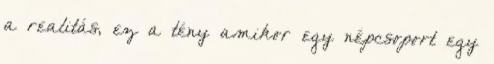
a realitás, ez a tény amikor egy népcsoport egy